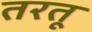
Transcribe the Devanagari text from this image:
तरतू